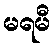
မရမီ